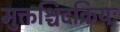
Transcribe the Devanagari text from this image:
मुक्तश्चिदक्रियः